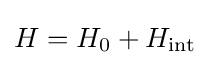
H=H_{0}+H_{\text{int}}